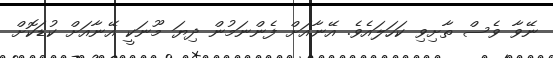
ނޭވާ ވެސް ތާށިވި ކަހަލައެވެ. އޭނާއަށް ފެންނަމުން ދިޔަ މޫނަކީ އޭނާއަށް ކުޑަކޮށް